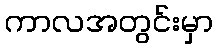
ကာလအတွင်းမှာ